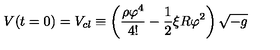
V ( t = 0 ) = V _ { c l } \equiv \left( \frac { \rho \varphi ^ { 4 } } { 4 ! } - \frac { 1 } { 2 } \xi R \varphi ^ { 2 } \right) \sqrt { - g }